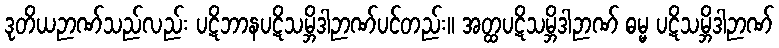
ဒုတိယဉာဏ်သည်လည်း ပဋိဘာနပဋိသမ္ဘိဒါဉာဏ်ပင်တည်း။ အတ္ထပဋိသမ္ဘိဒါဉာဏ် ဓမ္မ ပဋိသမ္ဘိဒါဉာဏ်